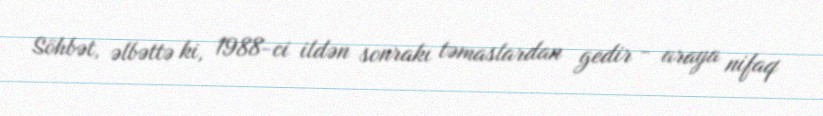
Söhbət, əlbəttə ki, 1988-ci ildən sonrakı təmaslardan gedir - araya nifaq